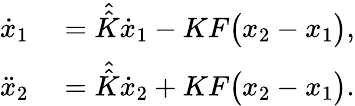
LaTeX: \begin{array}{rl}{\dot{x}_{1}}&{{}=\hat{\hat{K}}\dot{x}_{1}-KF\big({x}_{2}-{x}_{1}\big),}\\ {\ddot{x}_{2}}&{{}=\hat{\hat{K}}\dot{x}_{2}+KF\big({x}_{2}-{x}_{1}\big).}\end{array}